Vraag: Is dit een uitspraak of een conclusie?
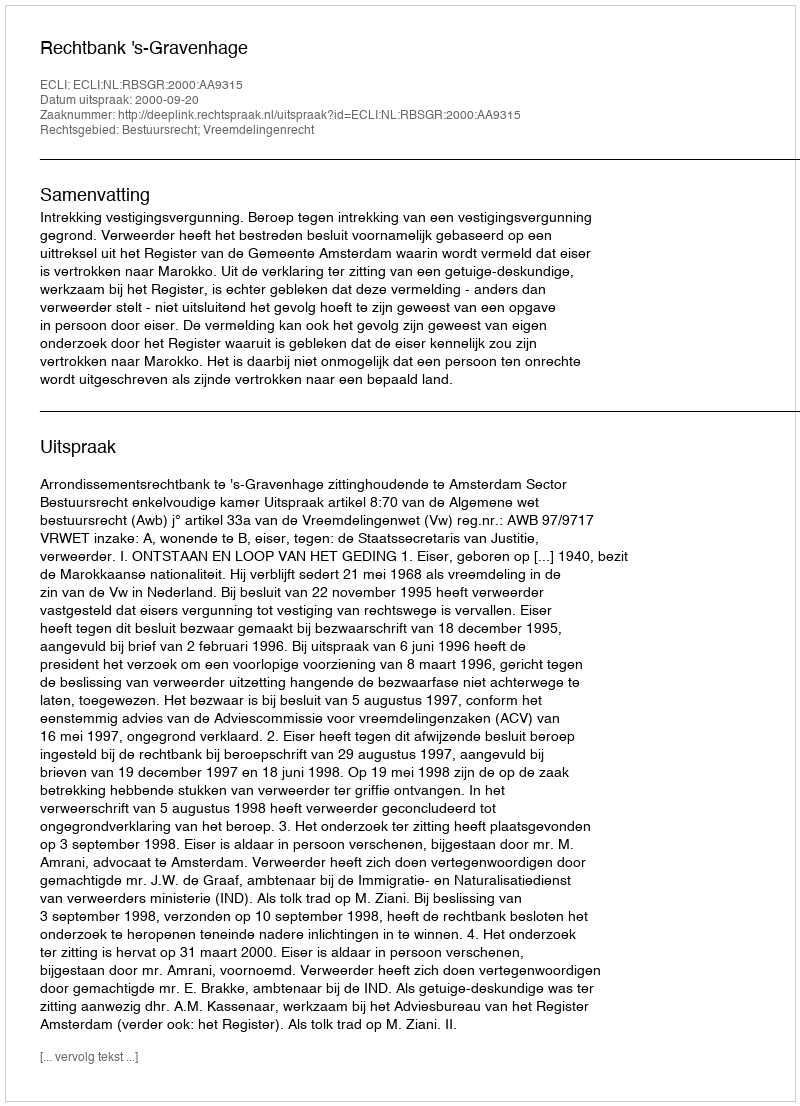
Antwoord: Uitspraak